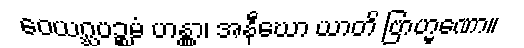
ဝေယဂ္ဃပဉ္စမံ ဟန္တွာ၊ အနီဃော ယာတိ ဗြာဟ္မဏော။